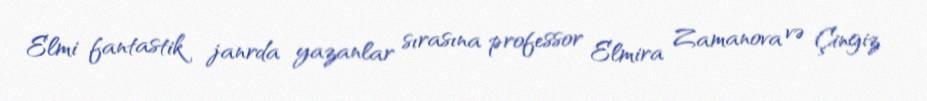
Elmi fantastik janrda yazanlar sırasına professor Elmira Zamanova və Çingiz